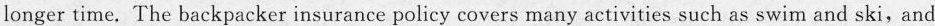
longer time. The backpacker insurance policy covers many activities such as swim and ski,and